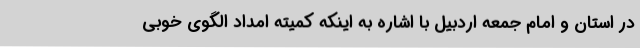
در استان و امام جمعه اردبیل با اشاره به اینکه کمیته امداد الگوی خوبی